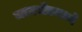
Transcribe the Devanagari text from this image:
जामखेडमध्ये